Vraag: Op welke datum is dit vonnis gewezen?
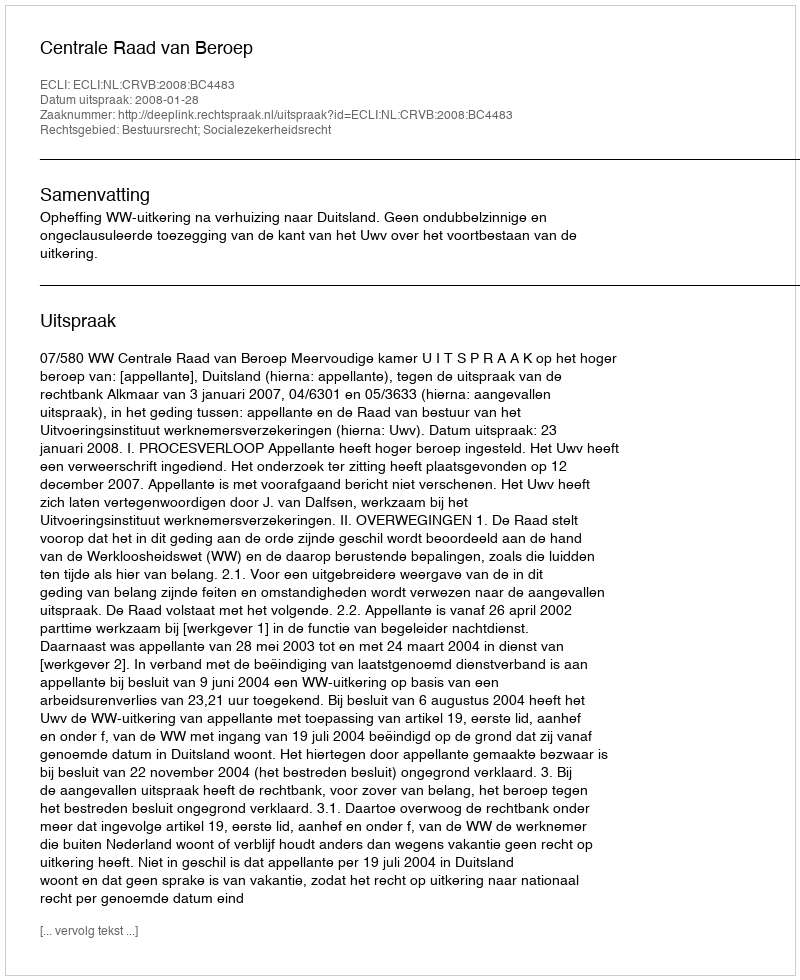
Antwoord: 2008-01-28